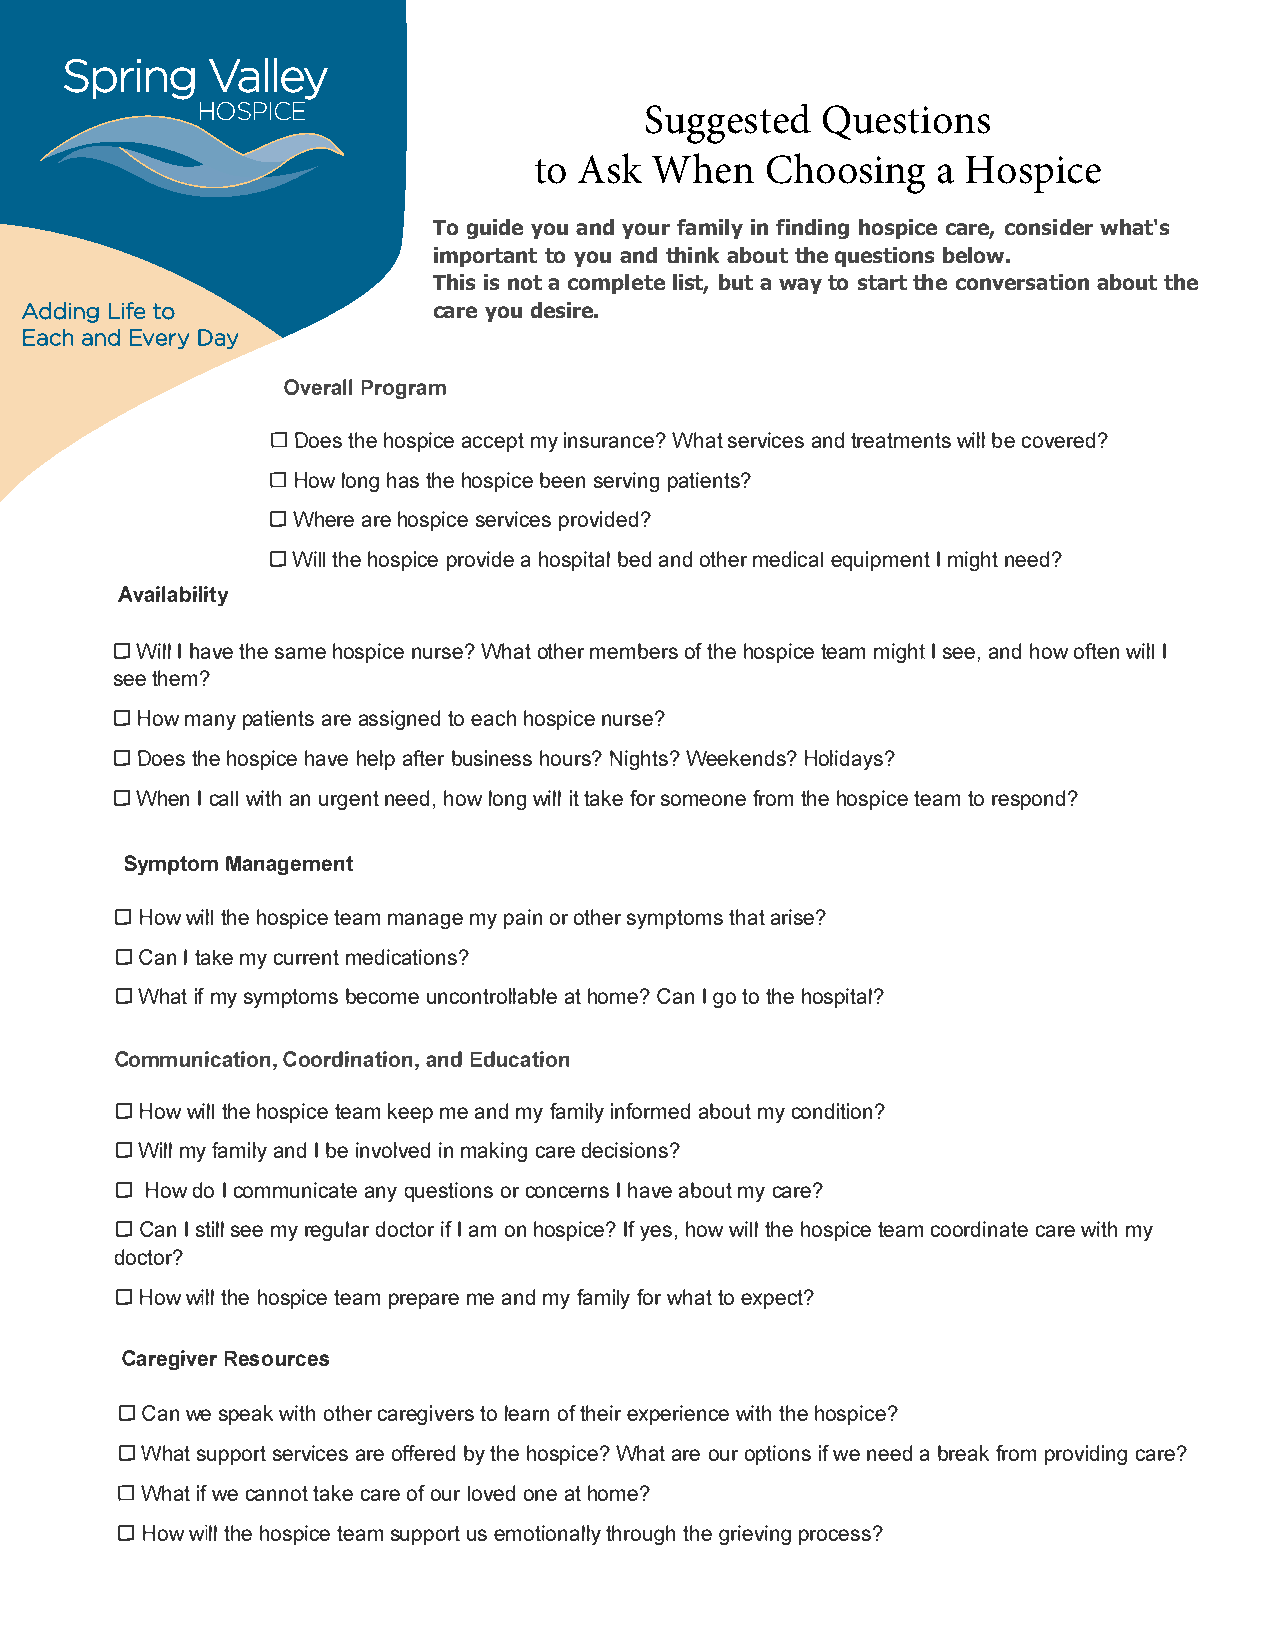
Spring    Valley
 HOSPICE
 Suggested  Questions
 to Ask  When    Choosing   a Hospice
 To guide you and your family in finding hospice care, consider what's
 important to you and think about the questions below.
 This is not a complete list, but a way to start the conversation about the
 Adding Life to              care you desire.
 Each and Every Day
 OverParlolg ram
 □
 Doetsh heo spaicccee mpyit n suraWnhcasete? r vainctder se atmweibnletlc s o vered?
 □
 Howl onhga tsh heo spbieceesn e rvpiantgi ents?
 □
 Wheraer heo spsiecrev picreosv ided?
 □
 Witlhlhe o sppircoev aih does pbietadan lod t hmeerd iecqauli pmIme ingtnh ete d?
 Availability
 □
 WilIh la vteh sea mheo spniucres Weh?a ott hmeerm beorfts h heo sptiecaemm i gIhs te ea,n hdo wo ftewni Ill
 seteh em?
 □
 Howm anpya tiaernaets ss igtnoee adch ho spniucres e?
 □
 Doetsh heo sphiacvehe e lapft ebru sinheosusrN si?g hWtese?k enHdosl?i days?
 □
 WhenIc awlilta hnu rgenneteh do,wl onwgii lttla kfeos ro meofnreot mhh eo sptiecaetm or espond?
 SymptMoamn agement
 □
 Howw itlhlhe o sptiecaemm a namgyep aionro ther sytmhpaatrtoi msse ?
 □
 CanIt akmeyc urrmeendti cations?
 □
 Whaitmf y s ymptboemcso umnec ontraothl olmaebC?la enIg ot ot hheo spital?
 Communic   aCotoirodni,naatnidEdo unc,a tion
 □
 Howw itlhlhe o sptiecaekm e empe a nmdy faimnifloyra mbeodmu ytc ondition?
 □
 Wimlylf amainldIyb ei nvoilnvme adk icnagrd ee cisions?
 □
 Howd oIc ommuniacnaqytu ee stoirco onnsc eIhr anvsae b omuytc are?
 □
 CanIs tsielmely r egudloacrti Iofa r m o nh ospiIcyfee ?sh ,o ww itlhlhe o sptiecaecm o ordicnaarwteie tm hy
 doctor?
 □
 Howw itlhlhe o sptiecaepm r epmaera en mdy f amfiolwryh attoe xpect?
 CaregiRveesro urces
 □
 Canw es pewaikt oht hcearr egtiovl eeraosrft n h eeixrp eriweinttchhhe eo spice?
 □
 Whastu ppsoerrtv aircoeeff se rbeytd h heo spiWcheaa?tr oeu orp tiiowfne ns e eadb refarko pmr ovicdairneg?
 □
 Whaitwf e c anntoatkc ea roefo ulro voendae t h ome?
 □
 Howw itlhlhe o sptiecaesm u ppuosre tm otiotnharloltuyhgg ehr iepvrioncge ss?